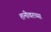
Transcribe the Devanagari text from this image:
शनीवरच्या